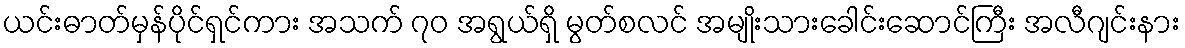
ယင်းဓာတ်မှန်ပိုင်ရှင်ကား အသက် ၇၀ အရွယ်ရှိ မွတ်စလင် အမျိုးသားခေါင်းဆောင်ကြီး အလီဂျင်းနား